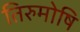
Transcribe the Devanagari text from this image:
तिरुमोषि